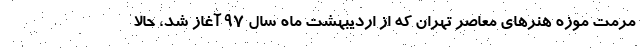
مرمت موزه هنرهای معاصر تهران که از اردیبهشت ماه سال ۹۷ آغاز شد، حالا